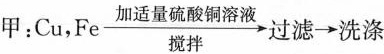
甲：Cu，Fe\xrightarrow[搅拌]{加适量硫酸铜溶液}过滤\rightarrow洗涤